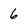
Character: 6